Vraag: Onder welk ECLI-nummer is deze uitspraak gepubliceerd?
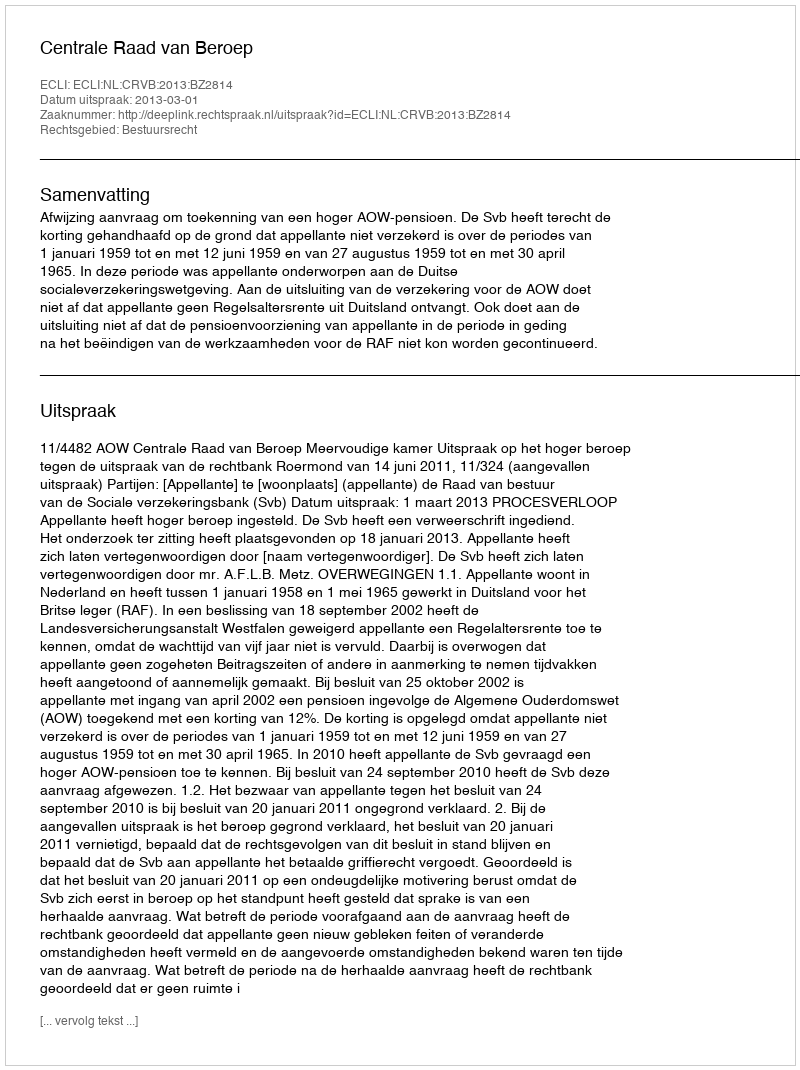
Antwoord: ECLI:NL:CRVB:2013:BZ2814